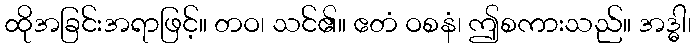
ထိုအခြင်းအရာဖြင့်။ တဝ၊ သင်၏။ ဧတံ ဝစနံ၊ ဤစကားသည်။ အဒ္ဓါ၊